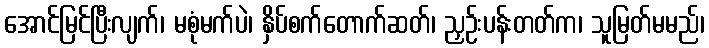
အောင်မြင်ပြီးလျက်၊ မစုံမက်ပဲ၊ နှိပ်စက်တောက်ဆတ်၊ ညှဉ်းပန်းတတ်က၊ သူမြတ်မမည်၊